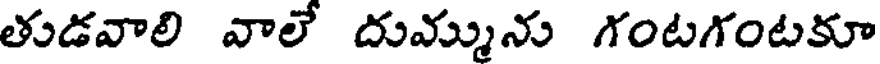
తుడవాలి వాలే దుమ్మును గంటగంటకూ